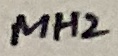
Text: MH2